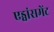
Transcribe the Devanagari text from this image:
एड्वांसमेंट